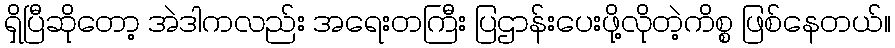
ရှိပြီဆိုတော့ အဲဒါကလည်း အရေးတကြီး ပြဌာန်းပေးဖို့လိုတဲ့ကိစ္စ ဖြစ်နေတယ်။